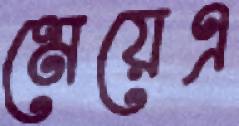
মেয়েএ